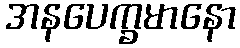
အနပေက္ခမာနော